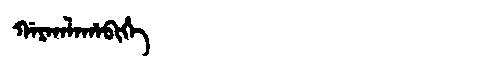
Manchu: ᡤᠠᡵᡤᠠᠯᠠᡥᠠᠪᡳᡥᡝ
Romanization: GARGALAHABIHE